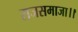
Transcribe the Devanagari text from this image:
राजसमाजा।।